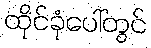
ထိုင်ခုံပေါ်တွင်